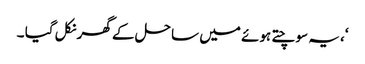
‘، یہ سوچتے ہوئے میں ساحل کے گھر نکل گیا ۔